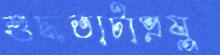
শুদ্ধতাটাপ্রযু